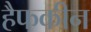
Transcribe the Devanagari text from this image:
हैफकीन